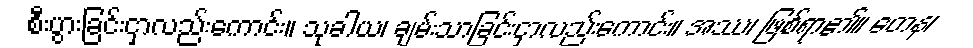
စီးပွားခြင်းငှာလည်းကောင်း။ သုခါယ၊ ချမ်းသာခြင်းငှာလည်းကောင်း။ အဿ၊ ဖြစ်ရာ၏။ တေန၊